Lunatic asylums Punjab 1895-1910 - 1895-1910
Year: 1895
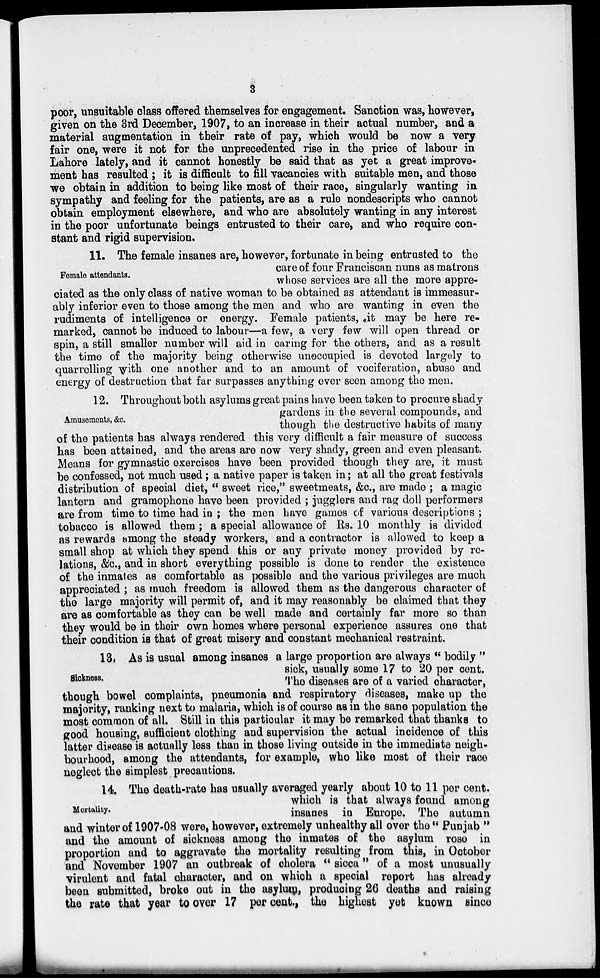
3
poor, unsuitable class offered themselves for engagement. Sanction was, however,
given on the 3rd December, 1907, to an increase in their actual number, and a
material augmentation in their rate of pay, which would be now a very
fair one, were it not for the unprecedented rise in the price of labour in
Lahore lately, and it cannot honestly be said that as yet a great improve-
ment has resulted ; it is difficult to fill vacancies with suitable men, and those
we obtain in addition to being like most of their race, singularly wanting in
sympathy and feeling for the patients, are as a rule nondescripts who cannot
obtain employment elsewhere, and who are absolutely wanting in any interest
in the poor unfortunate beings entrusted to their care, and who require con-
stant and rigid supervision.
Female attendants.
11. The female insanes are, however, fortunate in being entrusted to the
care of four Franciscan nuns as matrons
whose services are all the more appre-
ciated as the only class of native woman to be obtained as attendant is immeasur-
ably inferior even to those among the men and who are wanting in even the
rudiments of intelligence or energy. Female patients, it may be here re-
marked, cannot be induced to labour—a few, a very few will open thread or
spin, a still smaller number will aid in caring for the others, and as a result
the time of the majority being otherwise unoccupied is devoted largely to
quarrelling with one another and to an amount of vociferation, abuse and
energy of destruction that far surpasses anything ever seen among the men.
Amusements, &c.
12. Throughout both asylums great pains have been taken to procure shady
gardens in the several compounds, and
though the destructive habits of many
of the patients has always rendered this very difficult a fair measure of success
has been attained, and the areas are now very shady, green and even pleasant.
Means for gymnastic exercises have been provided though they are, it must
be confessed, not much used ; a native paper is taken in ; at all the groat festivals
distribution of special diet, " sweet rice," sweetmeats, &c., are made ; a magic
lantern and gramophone have been provided ; jugglers and rag doll performers
are from time to time had in ; the men have games of various descriptions ;
tobacco is allowed them; a special allowance of Rs. 10 monthly is divided
as rewards among the steady workers, and a contractor is allowed to keep a
small shop at which they spend this or any private money provided by re-
lations, &c., and in short everything possible is done to render the existence
of the inmates as comfortable as possible and the various privileges are much
appreciated ; as much freedom is allowed them as the dangerous character of
the large majority will permit of, and it may reasonably be claimed that they
are as comfortable as they can be well made and certainly far more so than
they would be in their own homes where personal experience assures one that
their condition is that of great misery and constant mechanical restraint.
Sickness.
13. As is usual among insanes a large proportion are always " bodily "
sick, usually some 17 to 20 per cent.
The diseases are of a varied character,
though bowel complaints, pneumonia and respiratory diseases, make up the
majority, ranking next to malaria, which is of course as in the sane population the
most common of all. Still in this particular it may be remarked that thanks to
good housing, sufficient clothing and supervision the actual incidence of this
latter disease is actually less than in those living outside in the immediate neigh-
bourhood, among the attendants, for example, who like most of their race
neglect the simplest precautions.
Mortality.
14. The death-rate has usually averaged yearly about 10 to 11 per cent.
which is that always found among
insanes in Europe. The autumn
and winter of 1907-08 were, however, extremely unhealthy all over the " Punjab "
and the amount of sickness among the inmates of the asylum rose in
proportion and to aggravate the mortality resulting from this, in October
and November 1907 an outbreak of cholera " sicca" of a most unusually
virulent and fatal character, and on which a special report has already
been submitted, broke out in the asylum, producing 26 deaths and raising
the rate that year to over 17 per cent., the highest yet known since